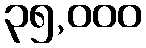
၃၅,၀၀၀